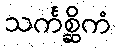
သင်္ကစ္ဆိကံ